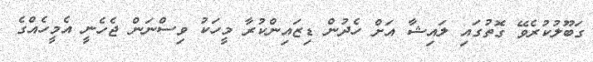
ގަބޫލުކުރެވޭ ގޮތުގައި ލައިޝާ އަށް ހެދުން ޑިޒައިންކުރާ މީހަކު ވިސްނަން ޖެހެނީ އެމީހެއްގެ